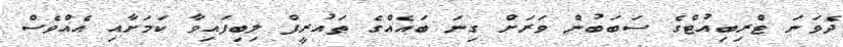
ދެވަނަ ޓްރިބިއުޓްގެ ސަބަބުން ވަރަށް ގިނަ ބައެއްގެ ތައުރީފް ލިބިފައިވާ ކަމަށާއި އެއްވެސް